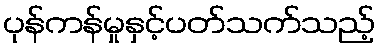
ပုန်ကန်မှုနှင့်ပတ်သက်သည့်